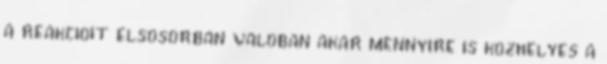
a reakcioit elsosorban valoban akar mennyire is kozhelyes a